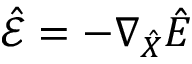
\hat { \mathcal { E } } = - \nabla _ { \hat { X } } \hat { E }